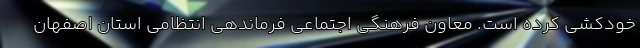
خودکشی کرده است. معاون فرهنگی اجتماعی فرماندهی انتظامی استان اصفهان